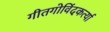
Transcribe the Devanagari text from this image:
गीतगोविंदकर्त्या